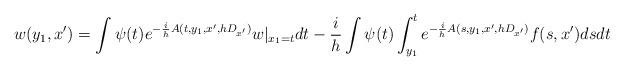
LaTeX: \begin{align*}w(y_1,x')=\int \psi(t)e^{-\frac{i}{h}A(t,y_1,x',hD_{x'})}w|_{x_1=t}dt-\frac{i}{ h}\int \psi(t) \int_{y_1}^{t}e^{-\frac{i}{h}A(s,y_1,x',hD_{x'})}f(s,x')dsdt\end{align*}